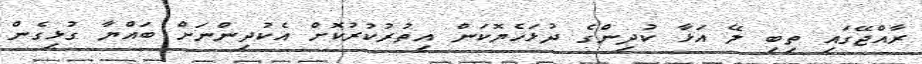
ރާއްޖޭގައި ތިބި ލޭ އަޅާ ކުދިންގެ ދުޅަހެޔޮކަން އިތުރުކުރުކޮށް އެކުދިންނަށް ބައްޔާ ގުޅިގެން